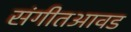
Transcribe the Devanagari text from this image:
संगीतआवड